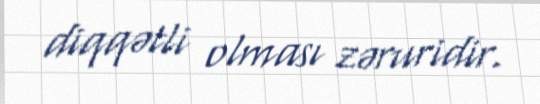
diqqətli olması zəruridir.